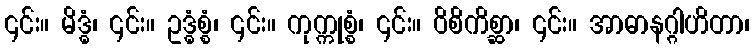
၎င်း။ မိဒ္ဓံ၊ ၎င်း။ ဥဒ္ဓံစ္စံ၊ ၎င်း။ ကုက္ကုစ္စံ၊ ၎င်း။ ဝိစိကိစ္ဆာ၊ ၎င်း။ အာဓာနဂ္ဂါဟိတာ၊